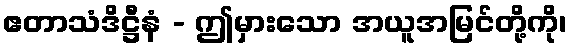
ဧတာသံဒိဋ္ဌီနံ - ဤမှားသော အယူအမြင်တို့ကို၊